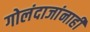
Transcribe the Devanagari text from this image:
गोलंदाजांनाही